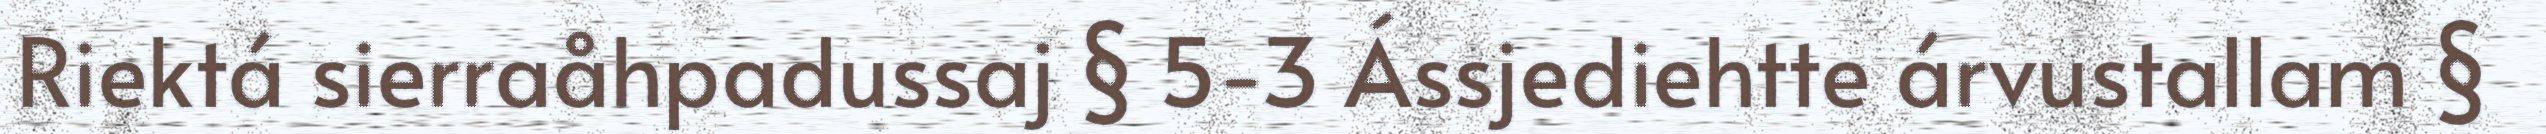
Riektá sierraåhpadussaj § 5-3 Ássjediehtte árvustallam §